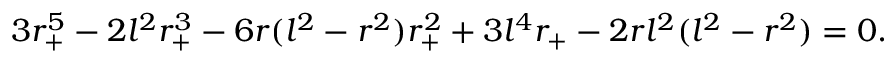
3 r _ { + } ^ { 5 } - 2 l ^ { 2 } r _ { + } ^ { 3 } - 6 r ( l ^ { 2 } - r ^ { 2 } ) r _ { + } ^ { 2 } + 3 l ^ { 4 } r _ { + } - 2 r l ^ { 2 } ( l ^ { 2 } - r ^ { 2 } ) = 0 .